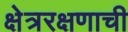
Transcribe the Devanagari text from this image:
क्षेत्ररक्षणाची